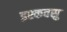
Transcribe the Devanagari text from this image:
इश्कवसु